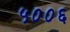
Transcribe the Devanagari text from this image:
५००६